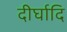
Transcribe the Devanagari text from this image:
दीर्घादि